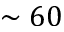
\sim 6 0